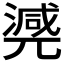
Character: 𣾃